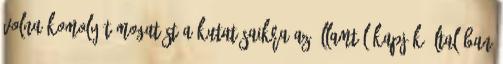
volna komoly támogatást a kutatásaikra az államtól kapják általában